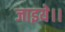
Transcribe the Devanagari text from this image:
जाइये।।